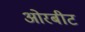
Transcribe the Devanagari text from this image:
ओरबीट